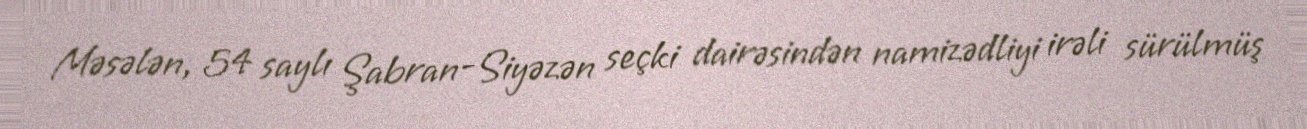
Məsələn, 54 saylı Şabran-Siyəzən seçki dairəsindən namizədliyi irəli sürülmüş